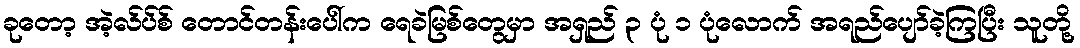
ခုတော့ အဲ့လ်ပ်စ် တောင်တန်းပေါ်က ရေခဲမြစ်တွေမှာ အရှည် ၃ ပုံ ၁ ပုံလောက် အရည်ပျော်ခဲ့ကြပြီး သူတို့